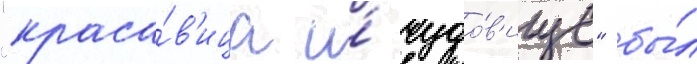
"краса́в'ица и́ чудо́в'ище" бы́л